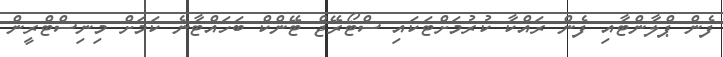
ފެން ޕްލާންޓާއި ފެން ރައްކާ ކުރުމަށްޓަކައި ސްޓޯރޭޖް ޓޭންކް ބަހައްޓާނެ ކަމަށް މިނިސްޓްރީން